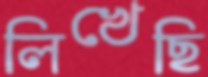
লিখেছি